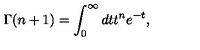
\Gamma ( n + 1 ) = \int _ { 0 } ^ { \infty } d t t ^ { n } e ^ { - t } ,